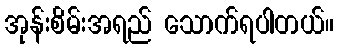
အုန်းစိမ်းအရည် သောက်ရပါတယ်။